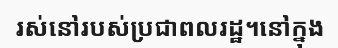
រស់នៅរបស់ប្រជាពលរដ្ឋ។នៅក្នុង